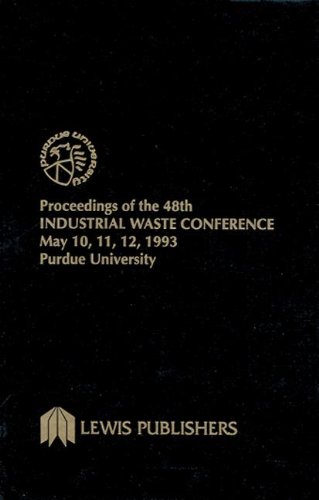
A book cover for Proceedings of the 48th Industrial Waste Conference Purdue University, May 1993 (Purdue Industrial Waste Conference//Proceedings); Ronald F. Wukasch; Science & Math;